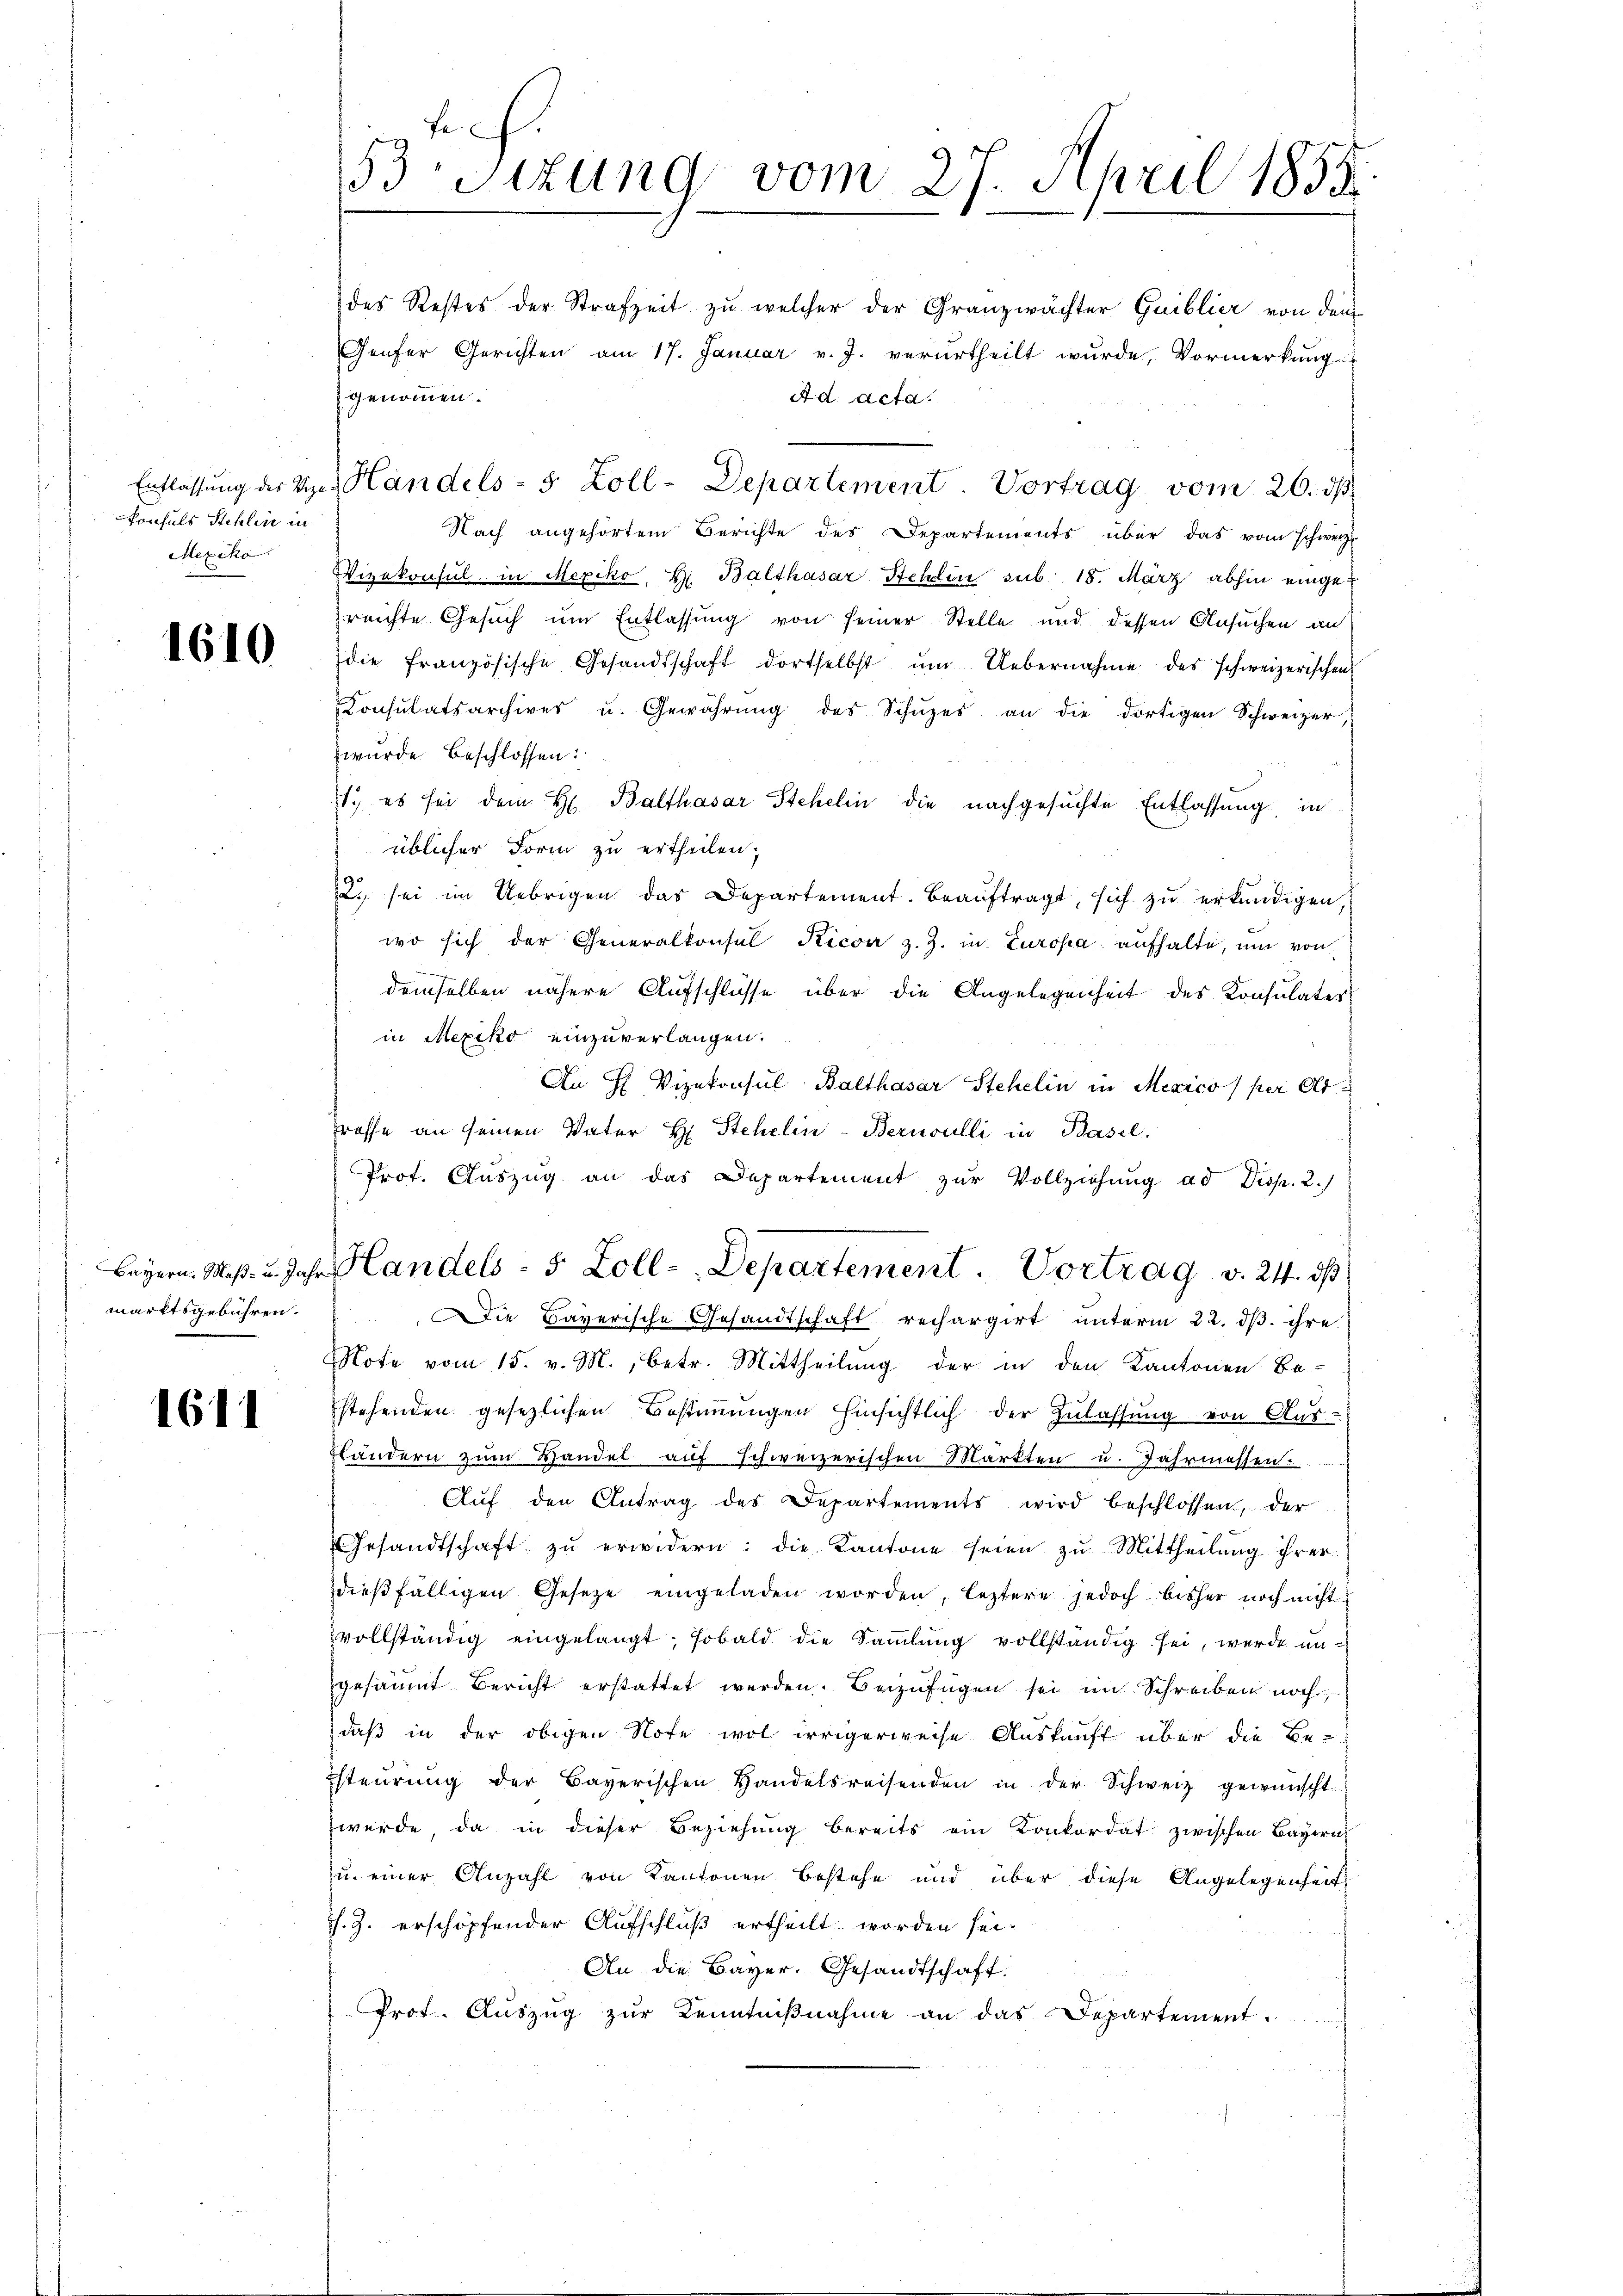
Konsuls Stehlin in
Mexiko

1610

marktsgebühren.

1611

fe
53 Sizung vom 27. April 1855.

des Restes der Strafzeit zu welcher der Granzwächter Guiblier von dem
Genfer Gerichten am 17. Januar v. J. verurtheilt wurde, Vormerkung
genommen.
A d. Acta.
Entlassung des Vier Handels- 5 Zoll-Departement. Vortrag vom 20. ds.
Nach angehörtem Berichte des Departements über das vom schweiz.
Vizekonsul in Mexiko, H. Balthasar Sehlin sub 18. März abhin eingereichte Gesuch um Entlassung von seiner Stelle und dessen Ansuchen an
die französische Gesandtschaft dortselbst ŭm Uebernahme des schweizerischen
Konsŭtatsarchiver u. Gewährŭng des Schŭzes an die dortigen Schweizer,
wurde beschlossen:
11. es sei dem H. Balthasar Stehelin die nachgesuchte Entlassung in
üblicher Form zu ertheilen;
2. sei im Uebrigen das Departement. Beauftragt, sich zu erkundigen,
wo sich der Generalkonsul Kicon z. Z. in Europa aufhalte, um von
demselben nähere Aufschlüsse über die Angelegenheit des Konsulater-
in Mexiko einzuverlangen.
An H. Vizekonsul Balthasar Stehelin in Mexico per Arrosse an seinen Vater H. Stehelin-Bernoulli in Basel.
Prot. Auszug an das Departement zŭr Vollziehung ad Disp. 2.)
Bayern. Maß- u. Jahr andels - 5 Zoll-Departement. Vortrag v. 24. ds
Die Bayerische Gesandtschaft rechargirt unterm 22. dβ ihre
Note vom 15. v. M., betr. Mittheilung der in den Kantonen Be-
stehenden gesezlichen Bestimmungen hinsichtlich der Zulassung von Aus-
Thändern zum Handel auf schweizerischen Markten u. Jahrmessen.
Aŭf den Antrag des Departements wird beschlossen, der
Gesandtschaft zŭ erwidern: die Kantone seien zŭ Mittheilŭng ihrer
dieβfälligen Gesetze eingeladen worden, leztere jedoch bisher noch nicht
vollständig eingelangt, sobald die Sammlung vollständig sei, werde ungesäumt Bericht erstattet werden. Beizufügen sei im Schreiben noch
daß in der obigen Note wol irrigerweise Auskunft über die Be-
steŭrŭng der Bayerischen Handelsreisenden in der Schweiz gewünscht
wurde da in dieser Beziehung bereits ein Konkordat zwischen Bayern
zu einer Anzahl von Kantonen bestehe und über diese Angelegenheit
s. Z. erschöpfender Aufschluß ertheilt worden sei-
An die Bayer. Gesandtschaft.
Prot. Aŭszŭg zŭr Kenntniβnahme an das Departement.